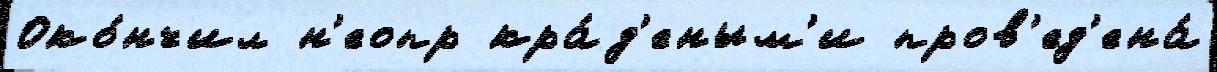
Око́нчил н'еопр кра́д'еным'и пров'ед'ена́